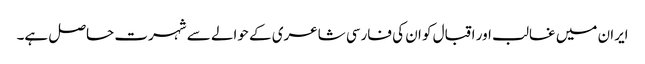
ایران میں غالب اور اقبال کو ان کی فارسی شاعری کے حوالے سے شہرت حاصل ہے۔